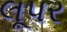
લૂપર